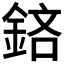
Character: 𨦽